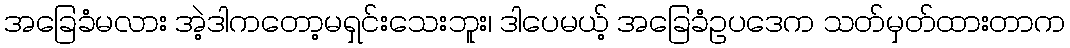
အခြေခံမလား အဲ့ဒါကတော့မရှင်းသေးဘူး၊ ဒါပေမယ့် အခြေခံဥပဒေက သတ်မှတ်ထားတာက